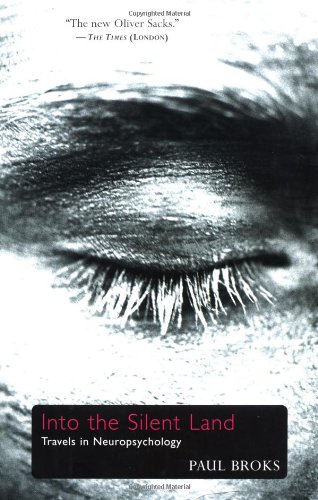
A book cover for Into the Silent Land: Travels in Neuropsychology; Paul Broks; Health, Fitness & Dieting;